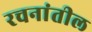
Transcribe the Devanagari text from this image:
रचनांतील